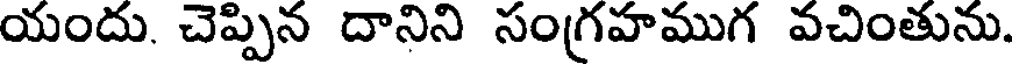
యందు. చెప్పిన దానిని సంగ్రహముగ వచింతును.